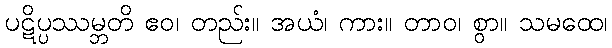
ပဋိပ္ပဿမ္ဘတိ ဧဝ၊ တည်း။ အယံ၊ ကား။ တာဝ၊ စွာ။ သမထေ၊